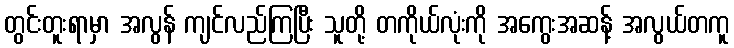
တွင်းတူးရာမှာ အလွန် ကျင်လည်ကြပြီး သူတို့ တကိုယ်လုံးကို အကွေးအဆန့် အလွယ်တကူ